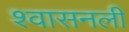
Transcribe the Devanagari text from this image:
श्‍वासनली